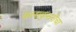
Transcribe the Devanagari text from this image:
कलाकुसरीचा